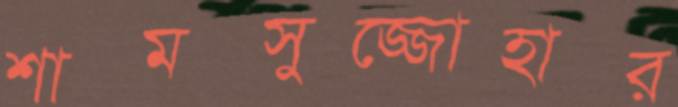
শামসুজ্জোহার